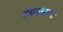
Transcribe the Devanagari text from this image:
डवायस्टरफ़